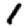
Digit: 1